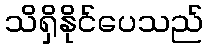
သိရှိနိုင်ပေသည်